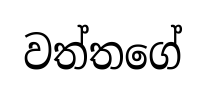
වත්තගේ